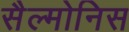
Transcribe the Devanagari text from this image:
सैल्मोनिस